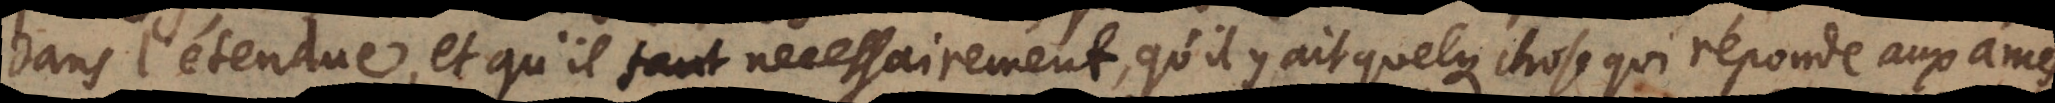
dans l’étendue, et qu’il faut necessairement, qu’il y ait quelque chose qui réponde aux ames